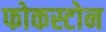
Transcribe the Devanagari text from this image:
फोकस्टोन